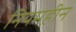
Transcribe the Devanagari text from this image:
नियमहीन